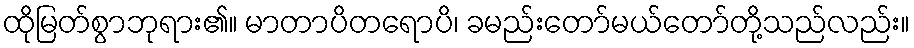
ထိုမြတ်စွာဘုရား၏။ မာတာပိတရောပိ၊ ခမည်းတော်မယ်တော်တို့သည်လည်း။